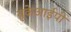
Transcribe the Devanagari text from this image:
युकेआईपी